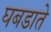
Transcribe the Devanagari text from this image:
घबडाते